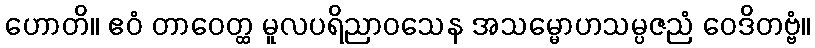
ဟောတိ။ ဧဝံ တာဝေတ္ထ မူလပရိညာဝသေန အသမ္မောဟသမ္ပဇညံ ဝေဒိတဗ္ဗံ။